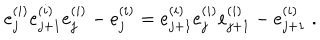
e _ { j } ^ { ( i ) } e _ { j + 1 } ^ { ( i ) } e _ { j } ^ { ( i ) } - e _ { j } ^ { ( i ) } = e _ { j + 1 } ^ { ( i ) } e _ { j } ^ { ( i ) } e _ { j + 1 } ^ { ( i ) } - e _ { j + 1 } ^ { ( i ) } \; .